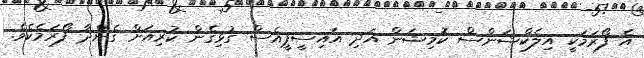
އެ ފޯރަމަކީ އިލެކްޝަންސް ކޮމިޝަން އަދި އައިސީޕީއެސް ގުޅިގެން ކުރިއަށް ގެންދާ ފޯރަމެކެވެ.